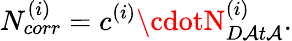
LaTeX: N_{corr}^{(i)}=c^{(i)}\cdotN_{D\mathcal{A}t\mathcal{A}}^{(i)}.